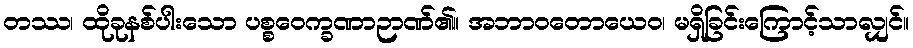
တဿ၊ ထိုခုနစ်ပါးသော ပစ္စဝေက္ခဏာဉာဏ်၏။ အဘာဝတောယေဝ၊ မရှိခြင်းကြောင့်သာလျှင်။